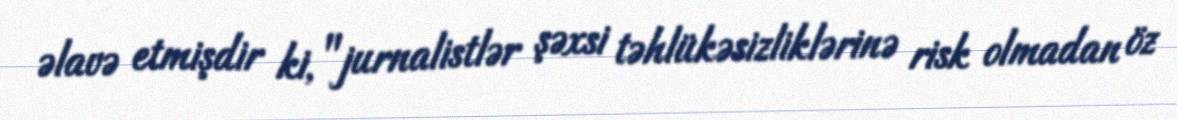
əlavə etmişdir ki, "jurnalistlər şəxsi təhlükəsizliklərinə risk olmadan öz